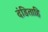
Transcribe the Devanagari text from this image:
दंडिताहि